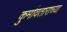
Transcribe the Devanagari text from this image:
कुर्मावताराच्या